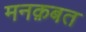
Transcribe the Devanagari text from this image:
मनक़बत